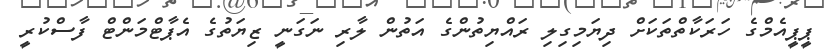
ޕީޕީއެމްގެ ހަރަކާތްތަކަަށް ދިޔަމިގިލި ރައްޔިތުންގެ އަތުން ލާރި ނަގަނީ ޒިޔަތުގެ އެޕާޓްމަންޓް ފާސްކުރީ